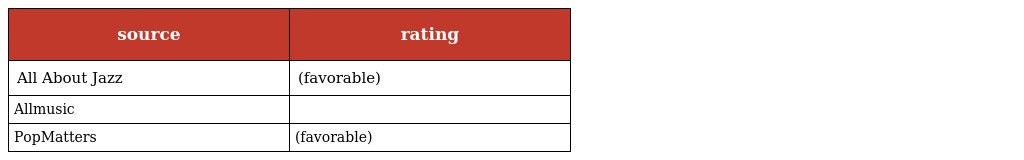
| source | rating |
 | --- | --- |
 | All About Jazz | (favorable) |
 | Allmusic |  |
 | PopMatters | (favorable) |